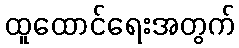
ထူထောင်ရေးအတွက်